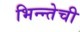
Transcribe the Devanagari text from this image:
भिन्न्तेची